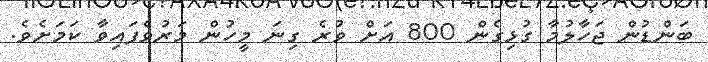
ބަންޑުން ޖަހާލުމާ ގުޅިގެން 800 އަށް ވުރެ ގިނަ މީހުން މަރުވެފައިވާ ކަމަށެވެ.